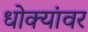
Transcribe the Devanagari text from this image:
धोक्यांवर